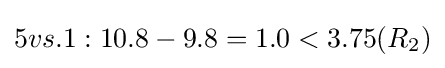
5vs.1:10.8-9.8=1.0<3.75(R_{2})